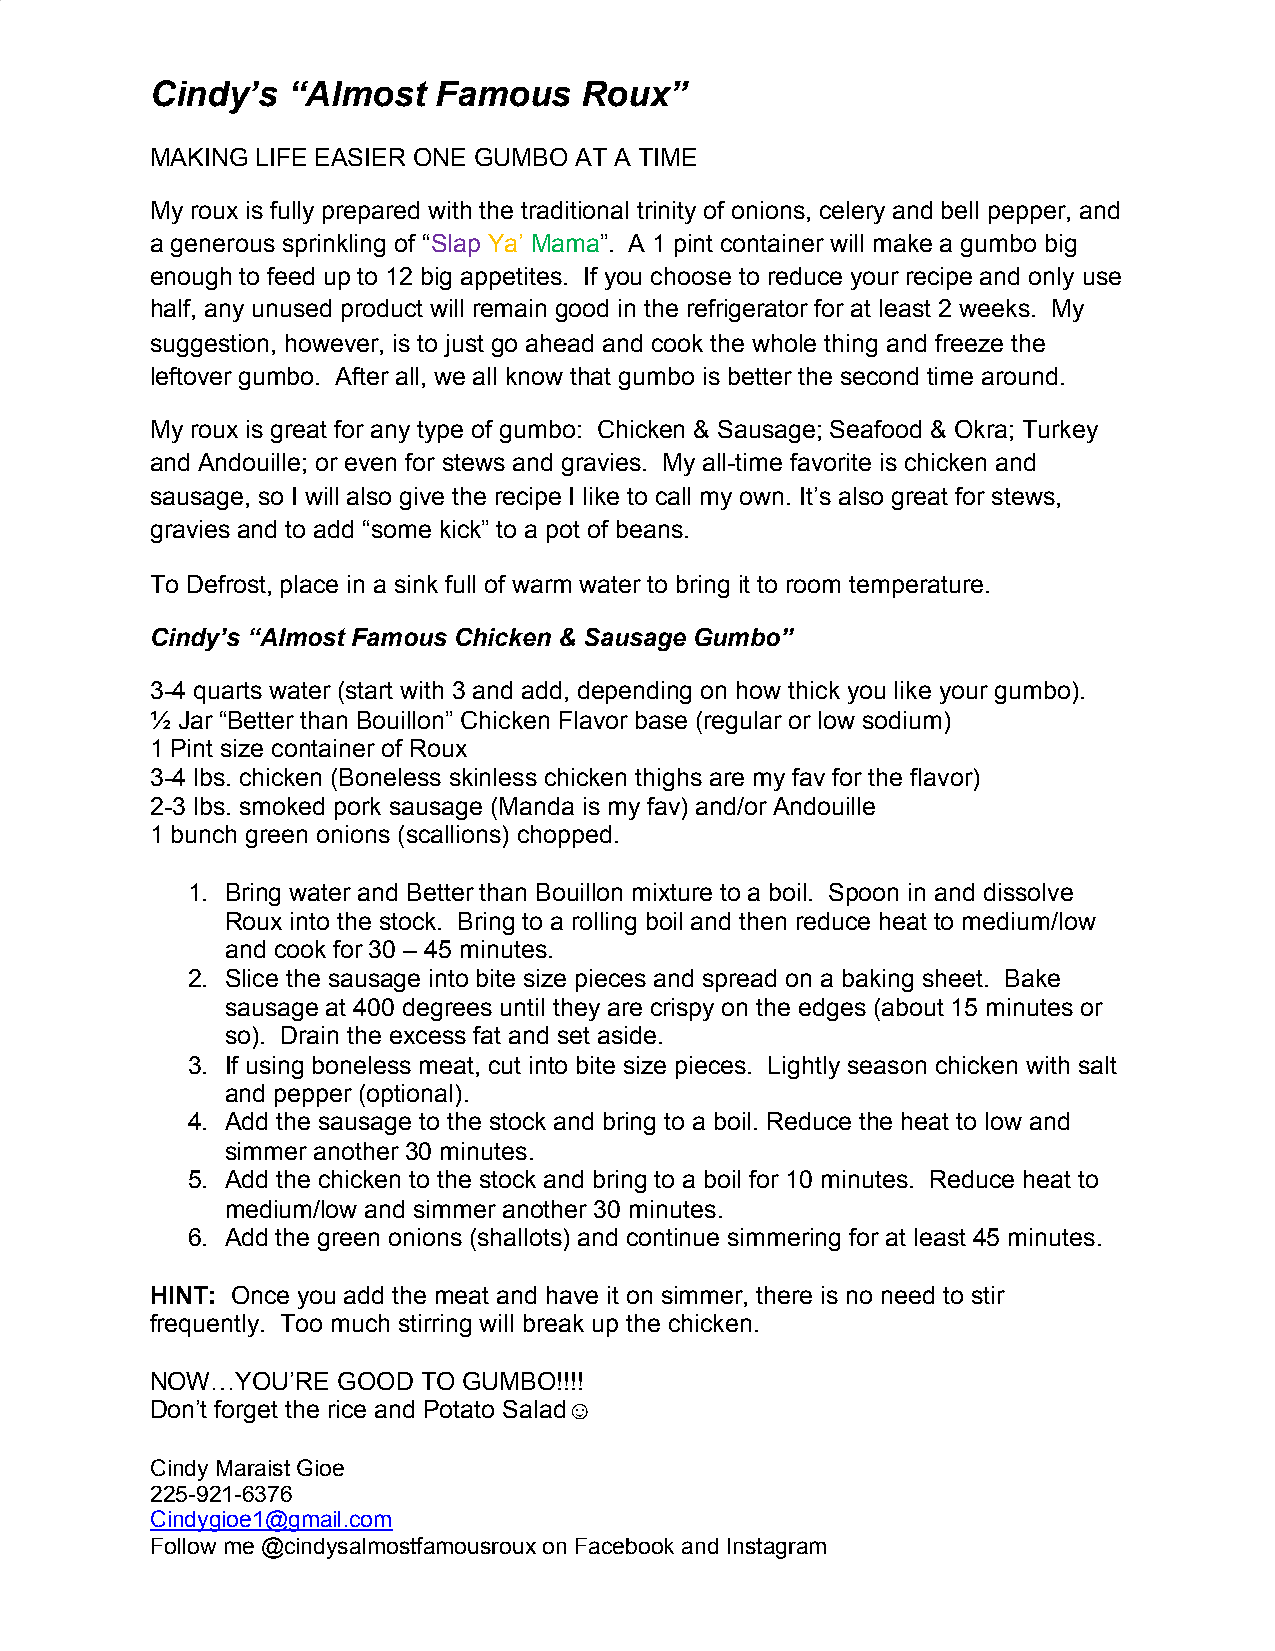
Cindy’s  “Almost   Famous   Roux”
 MAKING LIFE EASIER ONE GUMBO AT A TIME
 My roux is fully prepared with the traditional trinity of onions, celery and bell pepper, and
 a generous sprinkling of “Slap Ya’ Mama”. A 1 pint container will make a gumbo big
 ​  ​ ​ ​   ​
 enough to feed up to 12 big appetites. If you choose to reduce your recipe and only use
 half, any unused product will remain good in the refrigerator for at least 2 weeks. My
 suggestion, however, is to just go ahead and cook the whole thing and freeze the
 leftover gumbo. After all, we all know that gumbo is better the second time around.
 My roux is great for any type of gumbo: Chicken & Sausage; Seafood & Okra; Turkey
 and Andouille; or even for stews and gravies. My all-time favorite is chicken and
 sausage, so I will also give the recipe I like to call my own. It’s also great for stews,
 gravies and to add “some kick” to a pot of beans.
 To Defrost, place in a sink full of warm water to bring it to room temperature.
 Cindy’s “Almost Famous Chicken & Sausage Gumbo”
 3-4 quarts water (start with 3 and add, depending on how thick you like your gumbo).
 ½ Jar “Better than Bouillon” Chicken Flavor base (regular or low sodium)
 1 Pint size container of Roux
 3-4 lbs. chicken (Boneless skinless chicken thighs are my fav for the flavor)
 2-3 lbs. smoked pork sausage (Manda is my fav) and/or Andouille
 1 bunch green onions (scallions) chopped.
 1. Bring water and Better than Bouillon mixture to a boil. Spoon in and dissolve
 Roux into the stock. Bring to a rolling boil and then reduce heat to medium/low
 and cook for 30 – 45 minutes.
 2. Slice the sausage into bite size pieces and spread on a baking sheet. Bake
 sausage at 400 degrees until they are crispy on the edges (about 15 minutes or
 so). Drain the excess fat and set aside.
 3. If using boneless meat, cut into bite size pieces. Lightly season chicken with salt
 and pepper (optional).
 4. Add the sausage to the stock and bring to a boil. Reduce the heat to low and
 simmer another 30 minutes.
 5. Add the chicken to the stock and bring to a boil for 10 minutes. Reduce heat to
 medium/low and simmer another 30 minutes.
 6. Add the green onions (shallots) and continue simmering for at least 45 minutes.
 HINT: Once you add the meat and have it on simmer, there is no need to stir
 ​
 frequently. Too much stirring will break up the chicken.
 NOW…YOU’RE  GOOD  TO GUMBO!!!!
 Don’t forget the rice and Potato Salad☺
 ​
 Cindy Maraist Gioe
 225-921-6376
 Cindygioe1@gmail.com
 Follow me @cindysalmostfamousroux on Facebook and Instagram